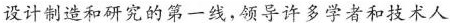
设计制造和研究的第一线，领导许多学者和技术人